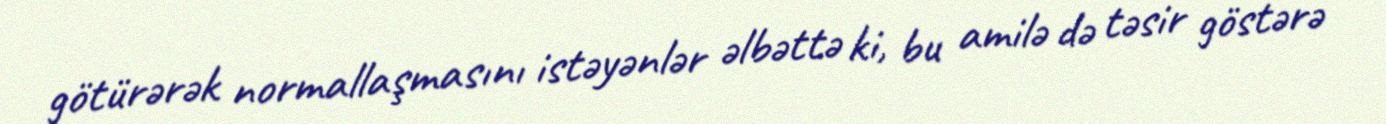
götürərək normallaşmasını istəyənlər əlbəttə ki, bu amilə də təsir göstərə